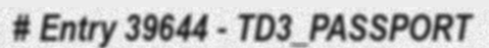
# Entry 39644 - TD3_PASSPORT